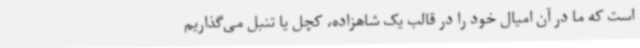
است که ما در آن امیال خود را در قالب یک شاهزاده، کچل یا تنبل می‌گذاریم